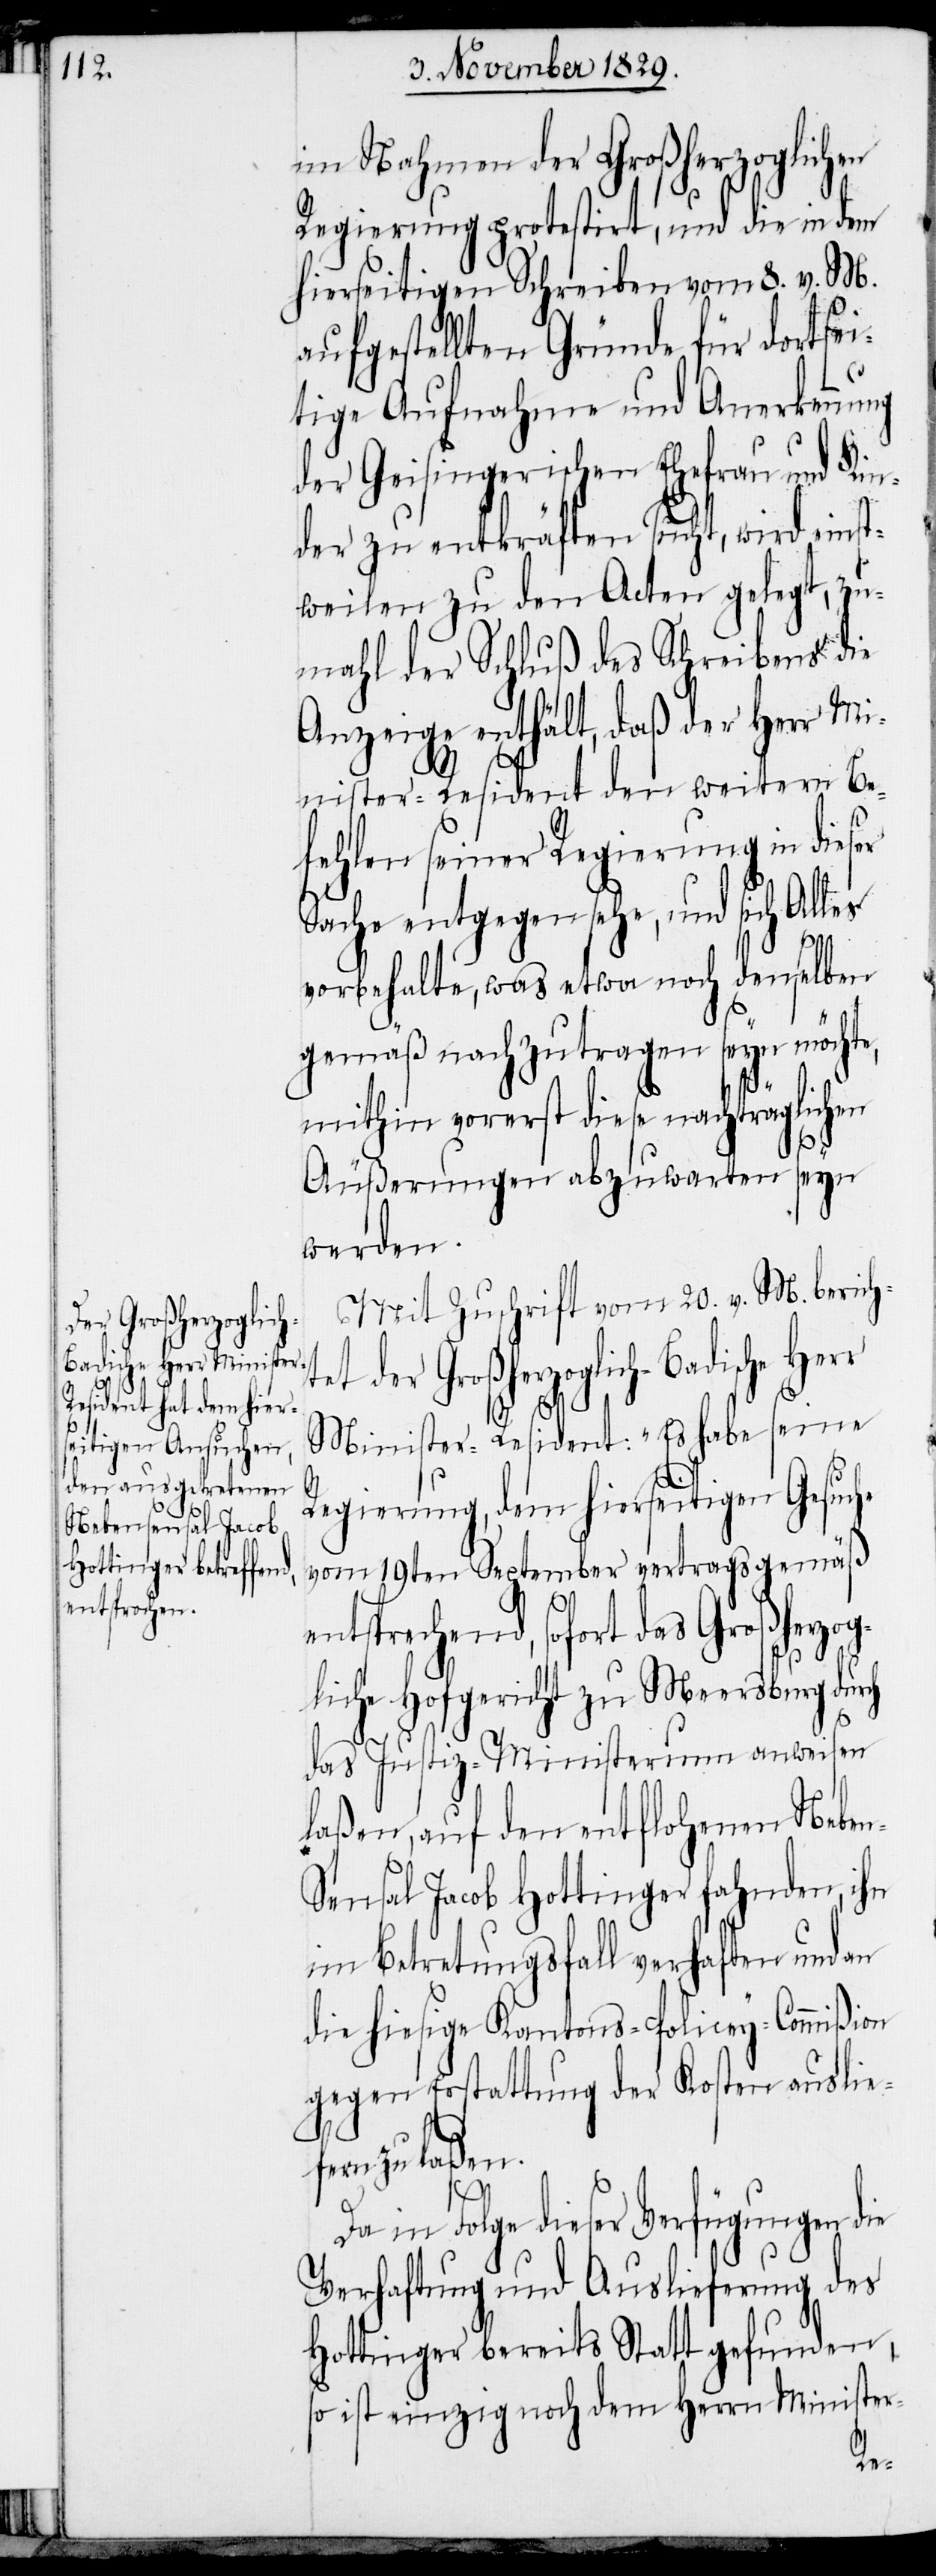
im Nahmen der Großherzoglichen
Regierung protestirt, und die in dem
hierseitigen Schreiben vom 8. v. M.
aufgestellten Gründe für dortsei¬
tige Aufnahme und Anerkennung
der Geisingerischen Ehefrau und Kin¬
der zu entkräften sucht, wird einst¬
weilen zu den Acten gelegt, zu¬
mahl der Schluß des Schreibens die
Anzeige enthält, daß der Herr Mi¬
nister-Resident den weitern Be¬
fehlen seiner Regierung in dieser
Sache entgegen sehe, und sich Alles
ch
vorbehalten, was etwa noch denselben
gemäß nachzutragen seyn möchte,
mithin vorerst diese nachträglichen
Äußerungen abzuwarten seyn
werden.
Mit Zuschrift vom 20. v. M. berich¬
tet der Großherzoglich-Badische Herr
Minister-Resident: „Es habe seine
Regierung, dem hierseitigen Gesuche
vom 19ten September vertragsgemäß
entsprechend, sofort das Großherzog¬
liche Hofgericht zu Meeresburg dur¬
das Justiz-Ministerium anweisen
laßen, auf den entflohenen Neben-S¬
ensal Jacob Hottinger fahnden, ihn
im Betretungsfall verhaften und an
die hiesige Kantons-Policey-Commißion
gegen Erstattung der Kosten auslie¬
fern zu laße¬
n[“].
Da in Folge dieser Verfügungen die
Verhaftung und Auslieferung des
Hottinger bereits Statt gefunden,
so ist einzig noch dem Herrn Minister